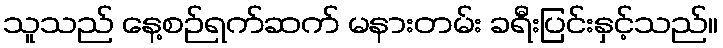
သူသည် နေ့စဉ်ရက်ဆက် မနားတမ်း ခရီးပြင်းနှင့်သည်။